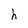
Character: h